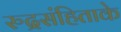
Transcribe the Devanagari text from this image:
रुद्रसंहिताके